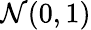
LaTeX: \mathcal{N}(0,1)